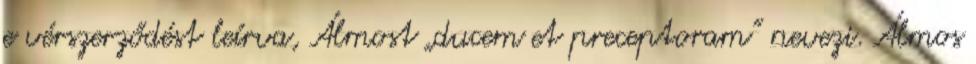
e vérszerződést leírva, Álmost „ducem et preceptoram” nevezi. Álmos